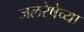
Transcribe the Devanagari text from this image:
जलरेषेच्या